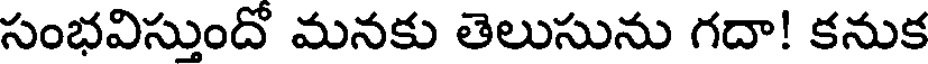
సంభవిస్తుందో మనకు తెలుసును గదా! కనుక